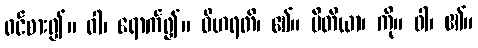
ဝင်စား၍။ ဝါ၊ ရောက်၍။ ဝိဟရတိ၊ ၏။ ပီတိယာ၊ ကို။ ဝါ၊ ၏။